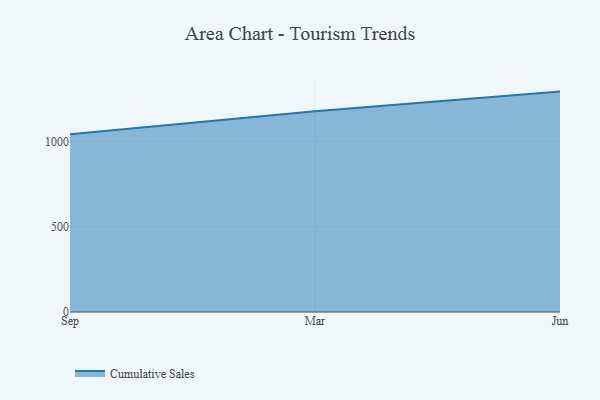
{"axis": {"x": "Month", "y": "Gross Profit (USD K)"}, "legend": ["Cumulative Sales"], "data": [{"x": "Sep", "y": 1042.4, "type": "Cumulative Sales"}, {"x": "Mar", "y": 1176.3, "type": "Cumulative Sales"}, {"x": "Jun", "y": 1292.0, "type": "Cumulative Sales"}]}